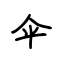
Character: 伞